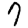
Digit: 7